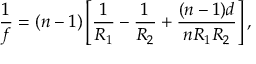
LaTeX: { \frac { 1 } { f } } = ( n - 1 ) \left[ { \frac { 1 } { R _ { 1 } } } - { \frac { 1 } { R _ { 2 } } } + { \frac { ( n - 1 ) d } { n R _ { 1 } R _ { 2 } } } \right] ,